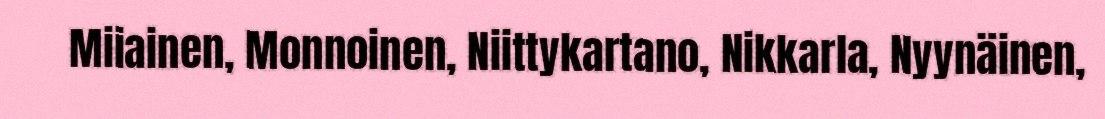
Miiainen, Monnoinen, Niittykartano, Nikkarla, Nyynäinen,